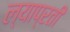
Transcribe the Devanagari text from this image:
ल्याप्रती